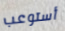
أستوعب